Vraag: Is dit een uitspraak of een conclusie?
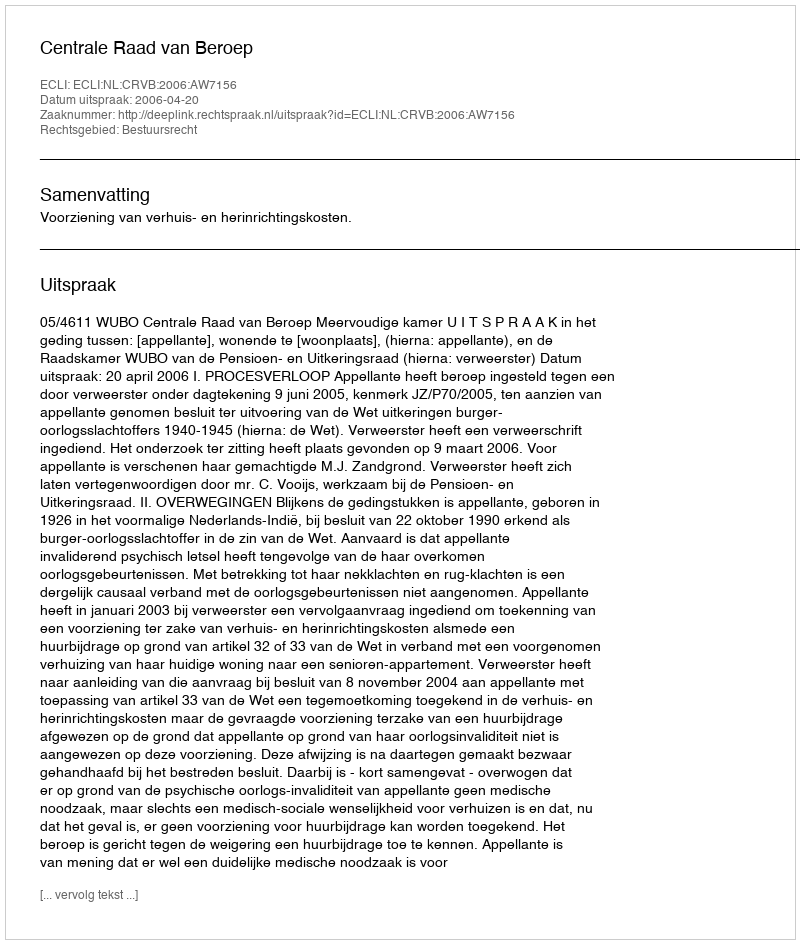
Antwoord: Uitspraak